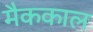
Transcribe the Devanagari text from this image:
मैककाल